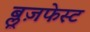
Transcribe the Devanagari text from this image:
ब्लूज़फेस्ट